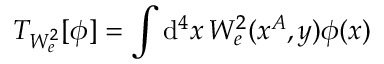
T _ { W _ { e } ^ { 2 } } [ \phi ] = \int \mathrm { d } ^ { 4 } x \, W _ { e } ^ { 2 } ( x ^ { A } , y ) \phi ( x )